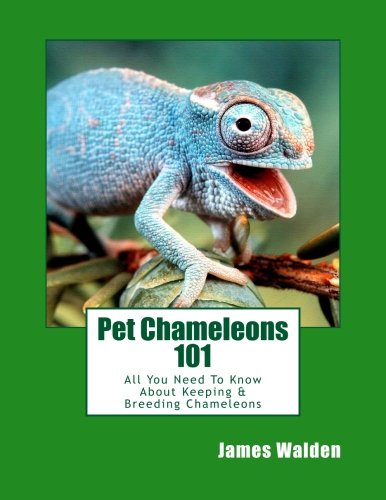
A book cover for Pet Chameleons 101: All You Need To Know About Keeping & Breeding Chameleons; James Walden; Crafts, Hobbies & Home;